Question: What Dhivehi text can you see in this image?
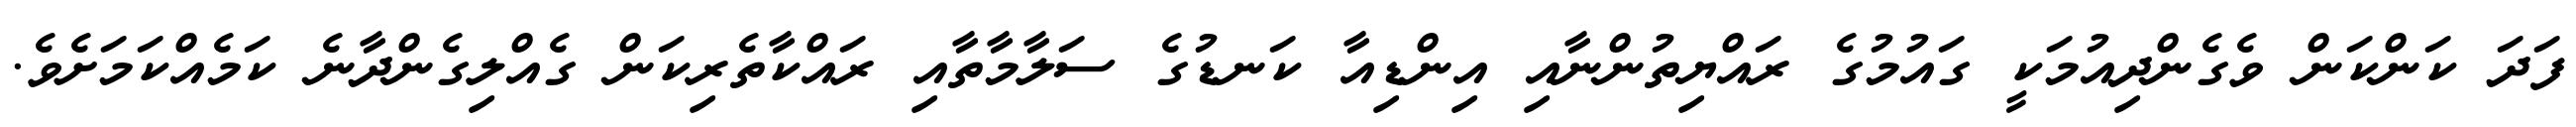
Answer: ފަދަ ކަންކަން ވެގެންދިއުމަކީ ގައުމުގެ ރައްޔިތުންނާއި އިންޑިއާ ކަނޑުގެ ސަލާމާތާއި ރައްކާތެރިކަން ގެއްލިގެންދާނެ ކަމެއްކަމަށެވެ.